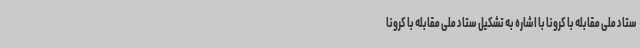
ستاد ملی مقابله با کرونا با اشاره به تشکیل ستاد ملی مقابله با کرونا